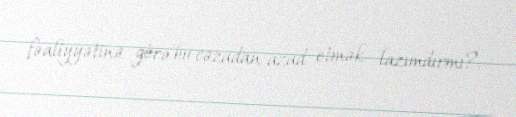
fəaliyyətinə görə bu cəzadan azad etmək lazımdırmı?.